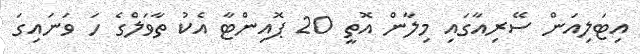
އިޓަލިއަން ސޭރިއާގައި މިލާން އޮތީ 20 ޕޮއިންޓާ އެކު ތާވަލްގެ ހަ ވަނައިގަ